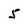
Character: 5